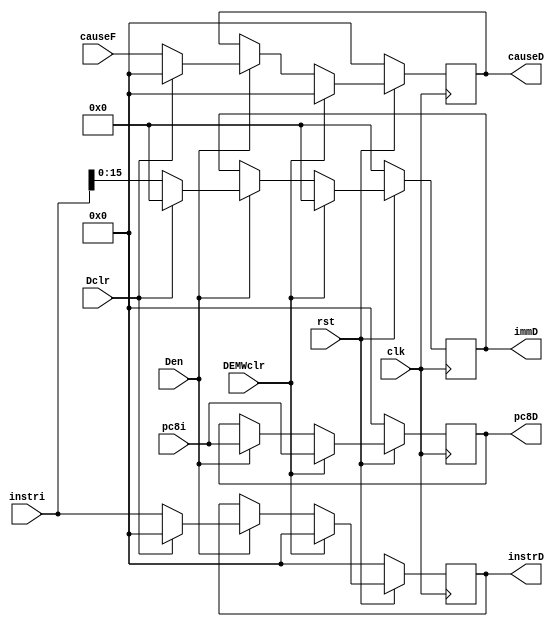
`timescale 1ns / 1ps
//////////////////////////////////////////////////////////////////////////////////
// Company: 
// Engineer: 
// 
// Design Name: 
// Module Name:    D 
// Project Name: 
// Target Devices: 
// Tool versions: 
// Description: 
//
// Dependencies: 
//
// Revision: 
// Revision 0.01 - File Created
// Additional Comments: 
//
//////////////////////////////////////////////////////////////////////////////////
module D(
    input [31:0] instri,
    input [31:0] pc8i,
	 input [31:0] causeF,
	 input clk,
	 input rst,
	 input Den,
	 input Dclr,
	 input DEMWclr,
    output [15:0] immD,
    output [31:0] pc8D,
	 output [31:0] instrD,
	 output [31:0] causeD
    );
	reg [31:0] instr = 0;
	reg [31:0] pc8 = 0;
	reg [15:0] imm = 16'b0;
	reg [31:0] cause = 0;
	
	assign immD = imm;
	assign pc8D = pc8;
	assign instrD = instr;
	assign causeD = cause;
	
	wire[31:0] instrwi, pc8wi, causewi;
	wire[15:0] immwi;
	
	assign instrwi = (DEMWclr)?0:
						  (!Den)?instr:
						  (Dclr)?0:instri;
		
	assign pc8wi = (DEMWclr)?pc8i:
						(!Den)?pc8:pc8i;
						
	assign immwi = (DEMWclr)?16'b0:
						(!Den)?imm:
						(Dclr)?16'b0:instri[15:0];
	
	assign causewi = (DEMWclr)?0:
						  (!Den)?cause:
						  (Dclr)?0:causeF;
						  
						
	always @(posedge clk)begin
		if(!rst)begin
			instr <=0;
			pc8<=0;
			imm<=0;
			cause<=0;
		end
		else begin
			instr <= instrwi;
			pc8 <= pc8wi;
			imm <= immwi;
			cause<= causewi;
		end
	end
endmodule